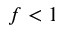
f < 1